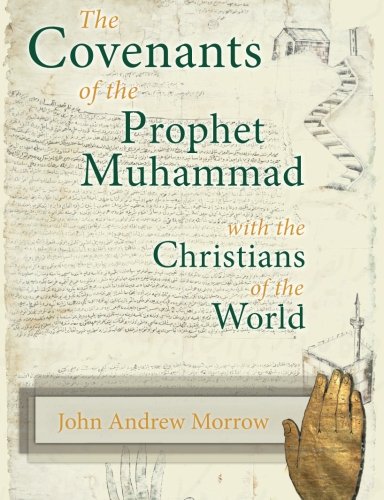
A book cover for The Covenants of the Prophet Muhammad with the Christians of the World; John Andrew Morrow; Religion & Spirituality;